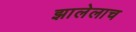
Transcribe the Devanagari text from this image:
झालेलाच